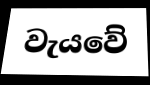
වැයවේ